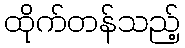
ထိုက်တန်သည့်